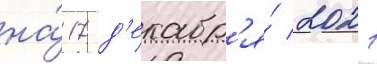
на́ 17 д'екабр'я́ 2021